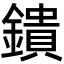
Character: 鐀